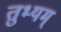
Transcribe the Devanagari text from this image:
तुभ्यम्